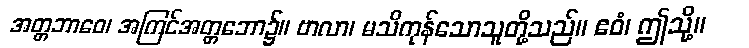
အတ္တဘာဝေ၊ အကြင်အတ္တဘော၌။ ဗာလာ၊ မသိကုန်သောသူတို့သည်။ ဧဝံ၊ ဤသို့။